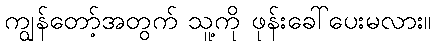
ကျွန်တော့်အတွက် သူ့ကို ဖုန်းခေါ်ပေးမလား။